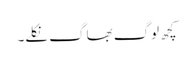
کچھ لوگ بھاگ نکلے۔